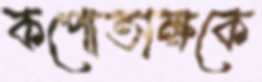
কপোতাক্ষকে